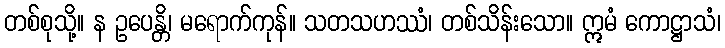
တစ်စုသို့။ န ဥပေန္တိ၊ မရောက်ကုန်။ သတသဟဿံ၊ တစ်သိန်းသော။ ဣမံ ကောဋ္ဌာသံ၊